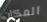
المكان